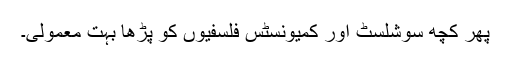
پھر کچھ سوشلسٹ اور کمیونسٹس فلسفیوں کو پڑھا بہت معمولی۔